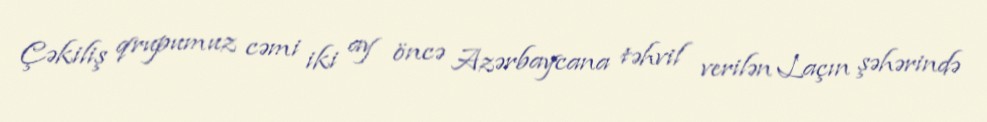
Çəkiliş qrupumuz cəmi iki ay öncə Azərbaycana təhvil verilən Laçın şəhərində